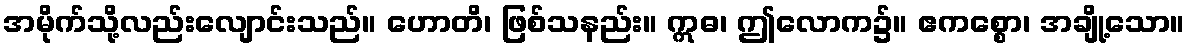
အမိုက်သို့လည်းလျောင်းသည်။ ဟောတိ၊ ဖြစ်သနည်း။ ဣဓ၊ ဤလောက၌။ ဧကစ္စော၊ အချို့သော။